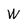
Character: W